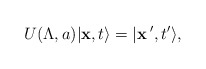
\begin{align*}U(\Lambda ,a) \vert {\bf x} ,t \rangle = \vert {\bf x}\,', t' \rangle ,\end{align*}